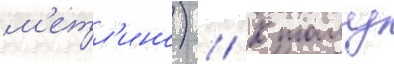
м'етл'ино) // К тому